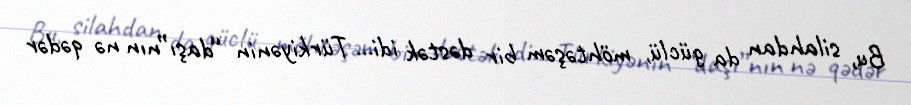
Bu, silahdan da güclü, möhtəşəm bir dəstək idi... Türkiyənin “daşı”nın nə qədər